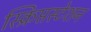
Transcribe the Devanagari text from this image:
स्क्रिप्तस्टेशन